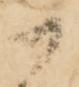
一